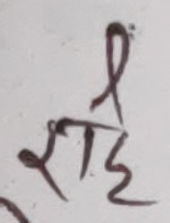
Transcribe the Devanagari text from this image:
राही